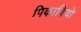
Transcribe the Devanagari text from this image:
पिकाबियो